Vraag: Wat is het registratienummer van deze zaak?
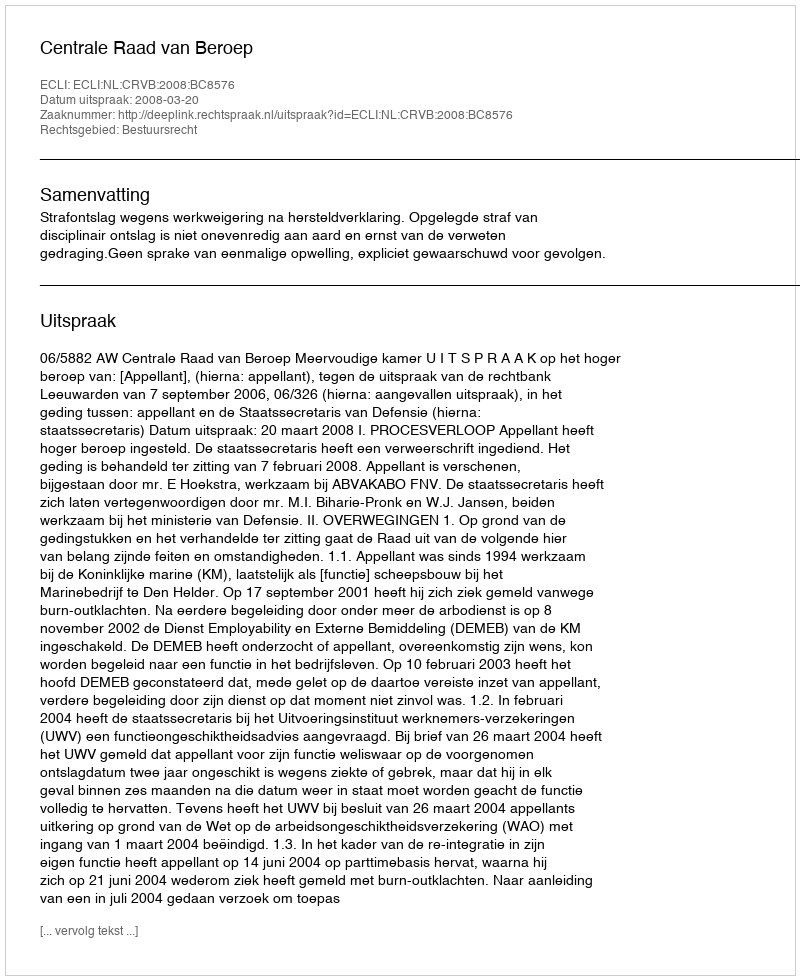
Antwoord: http://deeplink.rechtspraak.nl/uitspraak?id=ECLI:NL:CRVB:2008:BC8576